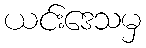
ယင်းဒေသမှ